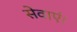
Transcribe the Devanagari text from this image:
सेवाएं।